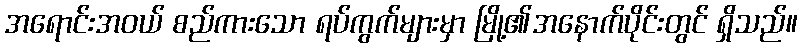
အရောင်းအဝယ် စည်ကားသော ရပ်ကွက်များမှာ မြို့၏အနောက်ပိုင်းတွင် ရှိသည်။